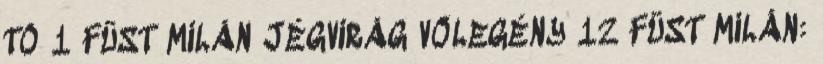
TÓ 1 FÜST MILÁN JÉGVIRÁG VŐLEGÉNY 12 FÜST MILÁN: